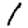
Digit: 1